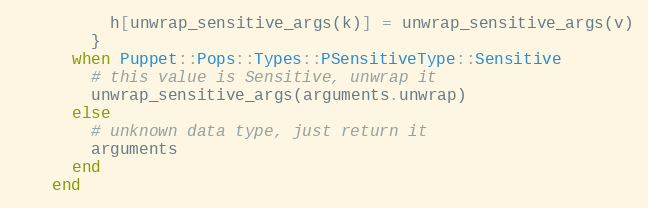
Language: Ruby
          h[unwrap_sensitive_args(k)] = unwrap_sensitive_args(v)
        }
      when Puppet::Pops::Types::PSensitiveType::Sensitive
        # this value is Sensitive, unwrap it
        unwrap_sensitive_args(arguments.unwrap)
      else
        # unknown data type, just return it
        arguments
      end
    end